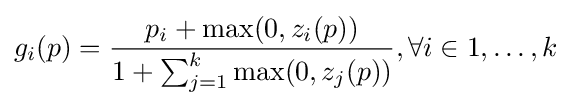
g_{i}(p)={\frac {p_{i}+\max(0,z_{i}(p))}{1+\sum _{j=1}^{k}\max(0,z_{j}(p))}},\forall i\in 1,\dots ,k